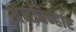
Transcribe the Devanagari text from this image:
अनचिन्हार